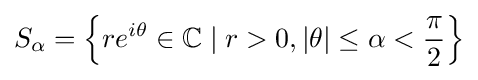
S_{\alpha }=\left\{re^{i\theta }\in \mathbb {C} \mid r>0,|\theta |\leq \alpha <{\frac {\pi }{2}}\right\}